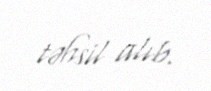
təhsil alıb.